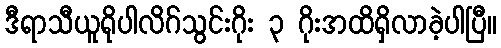
ဒီရာသီယူရိုပါလိဂ်သွင်းဂိုး ၃ ဂိုးအထိရှိလာခဲ့ပါပြီ။